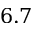
6 . 7